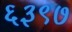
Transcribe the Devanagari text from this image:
६३९७